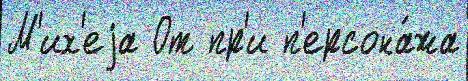
М'их'еjа От пр'и п'ерсона́жа